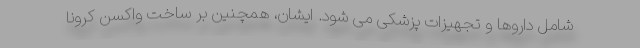
شامل داروها و تجهیزات پزشکی می شود. ایشان، همچنین بر ساخت واکسن کرونا